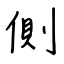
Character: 側